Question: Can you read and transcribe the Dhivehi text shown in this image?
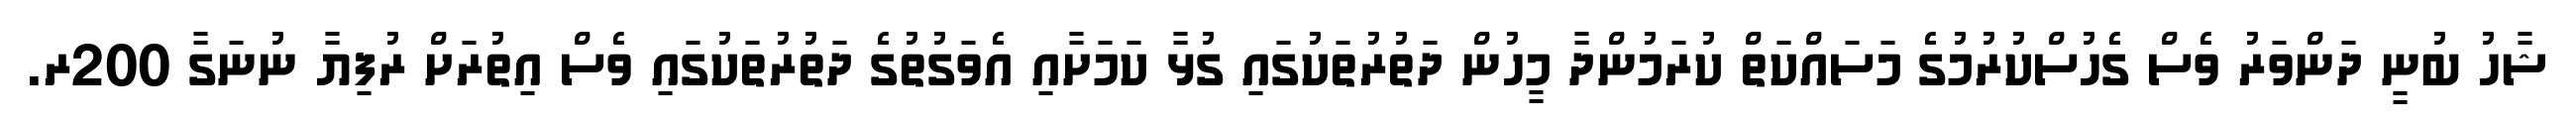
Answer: ޝާހު ބުނީ ދަންވަރު ވެސް ގެހުސްކުރުމުގެ މަސައްކަތް ކުރަމުންދާ މީހުން ދަތުރުތަކުގައި ގުޅާ ކަމަށާއި އެވަގުތުގެ ދަތުރުތަކުގައި ވެސް އިތުރަށް ރުފިޔާ ނުނަގާ 200ރ.